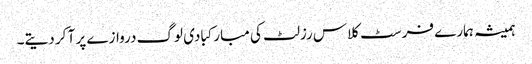
ہمیشہ ہمارے فرسٹ کلاس رزلٹ کی مبارکبادی لوگ دروازے پر آ کر دیتے۔